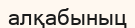
алқабыныц